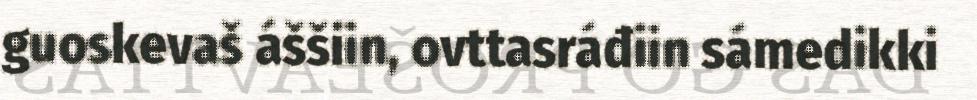
guoskevaš áššiin, ovttasráđiin sámedikki